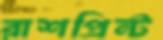
রাশপ্রিন্ট